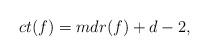
LaTeX: \begin{align*} ct(f)=mdr(f)+d-2,\end{align*}